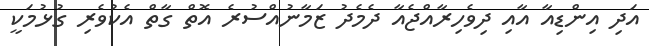
އަދި އިންޑިއާ އާއި ދިވެހިރާއްޖެއާ ދެމެދު ޒަމާނުއްސުރެ އޮތް ގާތް އެކުވެރި ގުޅުމަކީ